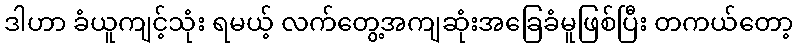
ဒါဟာ ခံယူကျင့်သုံး ရမယ့် လက်တွေ့အကျဆုံးအခြေခံမူဖြစ်ပြီး တကယ်တော့